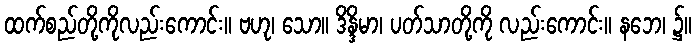
ထက်စည်တို့ကိုလည်းကောင်း။ ဗဟု၊ သော။ ဒိန္ဒိမာ၊ ပတ်သာတို့ကို လည်းကောင်း။ နဘေ၊ ၌။